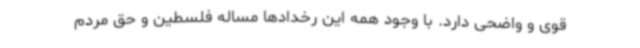
قوی و واضحی دارد. با وجود همه این رخدادها مساله فلسطین و حق مردم